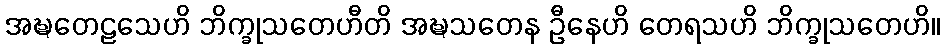
အဍ္ဎတေဠသေဟိ ဘိက္ခုသတေဟီတိ အဍ္ဎသတေန ဦနေဟိ တေရသဟိ ဘိက္ခုသတေဟိ။